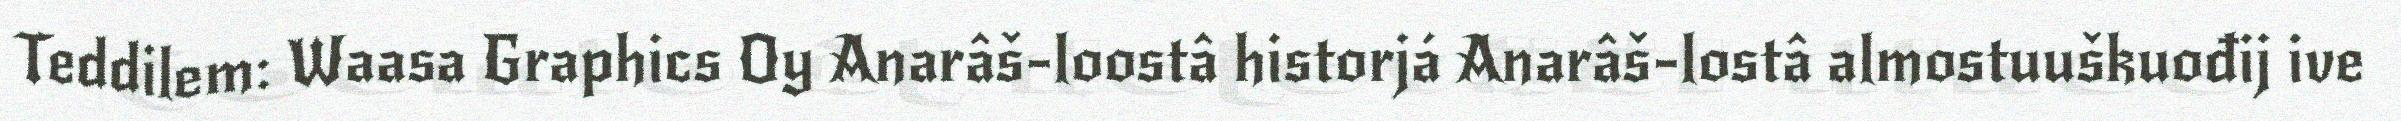
Teddilem: Waasa Graphics Oy Anarâš-loostâ historjá Anarâš-lostâ almostuuškuođij ive